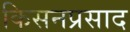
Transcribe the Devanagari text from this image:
किसनप्रसाद